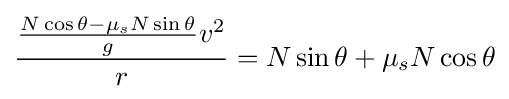
{\frac {{\frac {N\cos \theta -\mu _{s}N\sin \theta }{g}}v^{2}}{r}}=N\sin \theta +\mu _{s}N\cos \theta